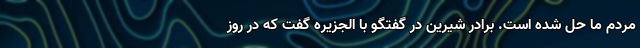
مردم ما حل شده است. برادر شیرین در گفتگو با الجزیره گفت که در روز